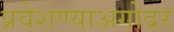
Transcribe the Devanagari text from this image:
प्रवेशण्याअगोदर